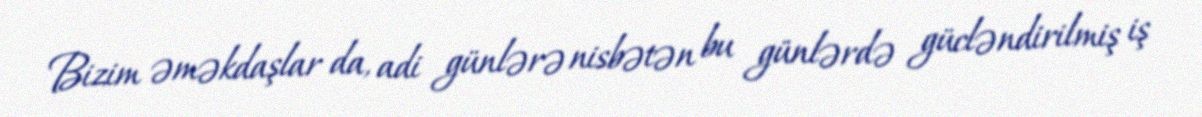
Bizim əməkdaşlar da, adi günlərə nisbətən bu günlərdə gücləndirilmiş iş